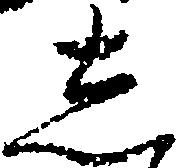
し